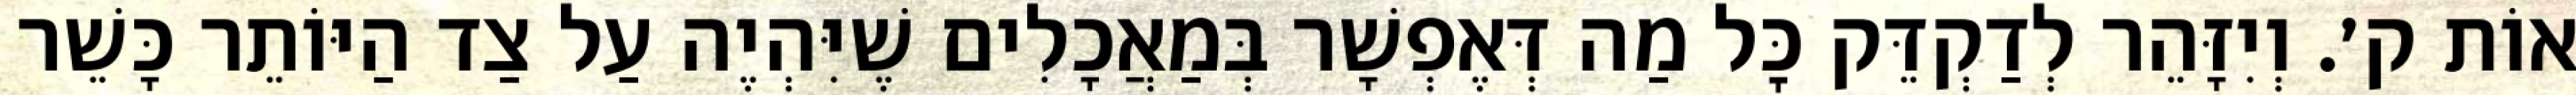
אוֹת ק׳. וְיִזָּהֵר לְדַקְדֵּק כׇּל מַה דְּאֶפְשָׁר בְּמַאֲכָלִים שֶׁיִּהְיֶה עַל צַד הַיּוֹתֵר כָּשֵׁר